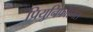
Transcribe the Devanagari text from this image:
प्रियुनिफॉरमस